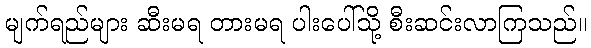
မျက်ရည်များ ဆီးမရ တားမရ ပါးပေါ်သို့ စီးဆင်းလာကြသည်။